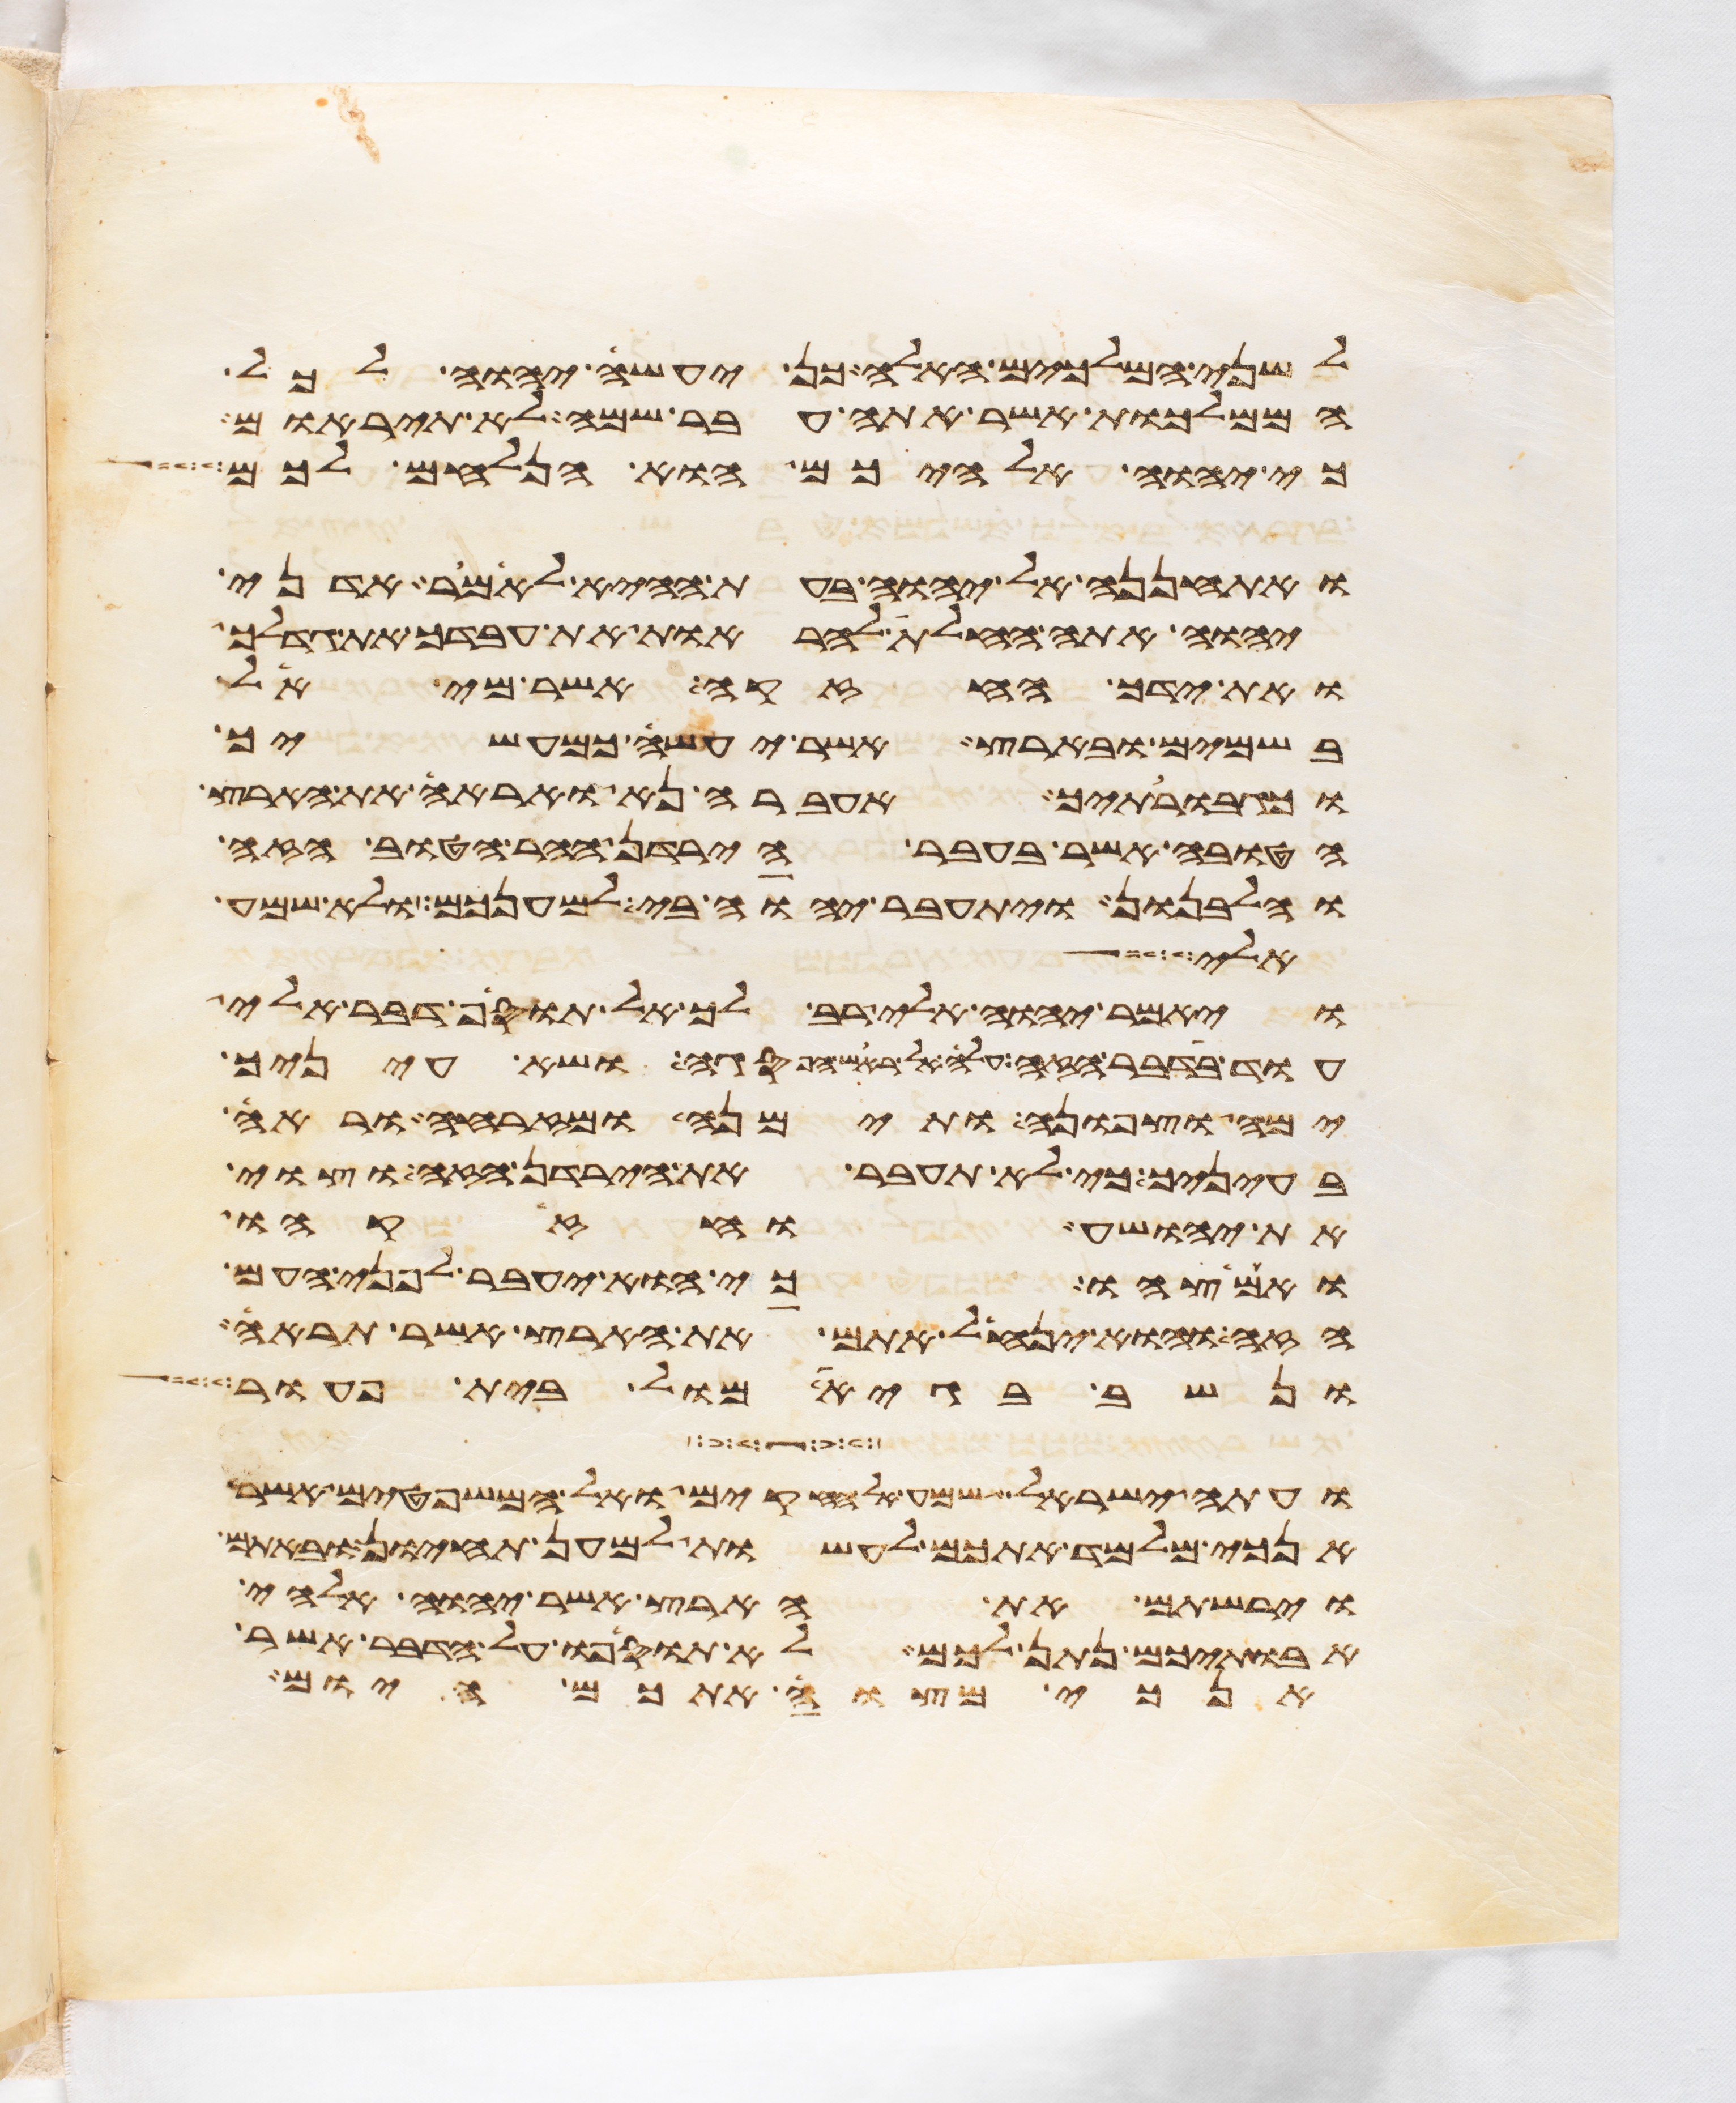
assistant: לשני המלכים האלה כן יעשה יהוה לכל
הממלכות אשר אתה עבר שמה לא תיראם
כי יהוה אלהיכם הוא הנלחם לכם
ואתחננה אל יהוה בעת ההיא לאמר אדני
יהוה אתה החלת להראות את עבדך את גדלך
ואת ידך החזקה אשר מי אל
בשמים ובארץ אשר יעשה כמעשיך
וכגבורתיך אעברה נא ואראה את הארץ
הטובה אשר בעבר הירדן ההר הטוב הזה
והלבנון ויתעבר יהוה בי למענכם ולא שמע
אלי
ויאמר יהוה אלי רב לך אל תוסף דבר אלי
עוד בדבר הזה עלה אל ראש הפסגה ושא עיניך
ימה וצפונה ותימנה ומזרחה וראה
בעיניך כי לא תעבר את הירדן הזה וצוי
את יהושע וחזקהו
ואמצהו כי הוא יעבר לפני העם
הזה והוא ינחל אתם את הארץ אשר תראה
ונשב בגיא מול בית פעור
ועתה ישראל שמע אל החקים ואל המשפטים אשר
אנכי מלמד אתכם לעשות למען תחיון ובאתם
וירשתם את הארץ אשר יהוה אלהי
אבתיכם נתן לכם לא תוסיפו על הדבר אשר
אנכי מצוה אתכם היום